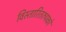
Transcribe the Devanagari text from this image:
विस्तारितरुपको